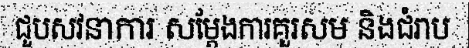
ជួបសវនាការ សម្តែងការគួរសម និងជំរាប